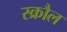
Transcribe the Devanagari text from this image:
स्क्रौल